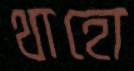
থাহো